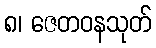
၈၊ ဇေတဝနသုတ်